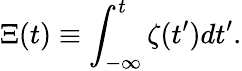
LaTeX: \Xi(t)\equiv\int_{-\infty}^{t}\zeta(t^{\prime})dt^{\prime}.